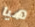
هيا